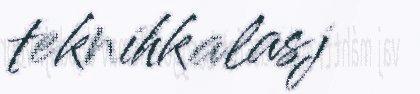
teknihkalasj